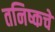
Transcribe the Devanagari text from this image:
तनिष्कचे